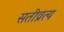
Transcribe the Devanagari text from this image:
सतीव्रत्य